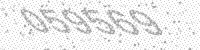
Solution: 059569